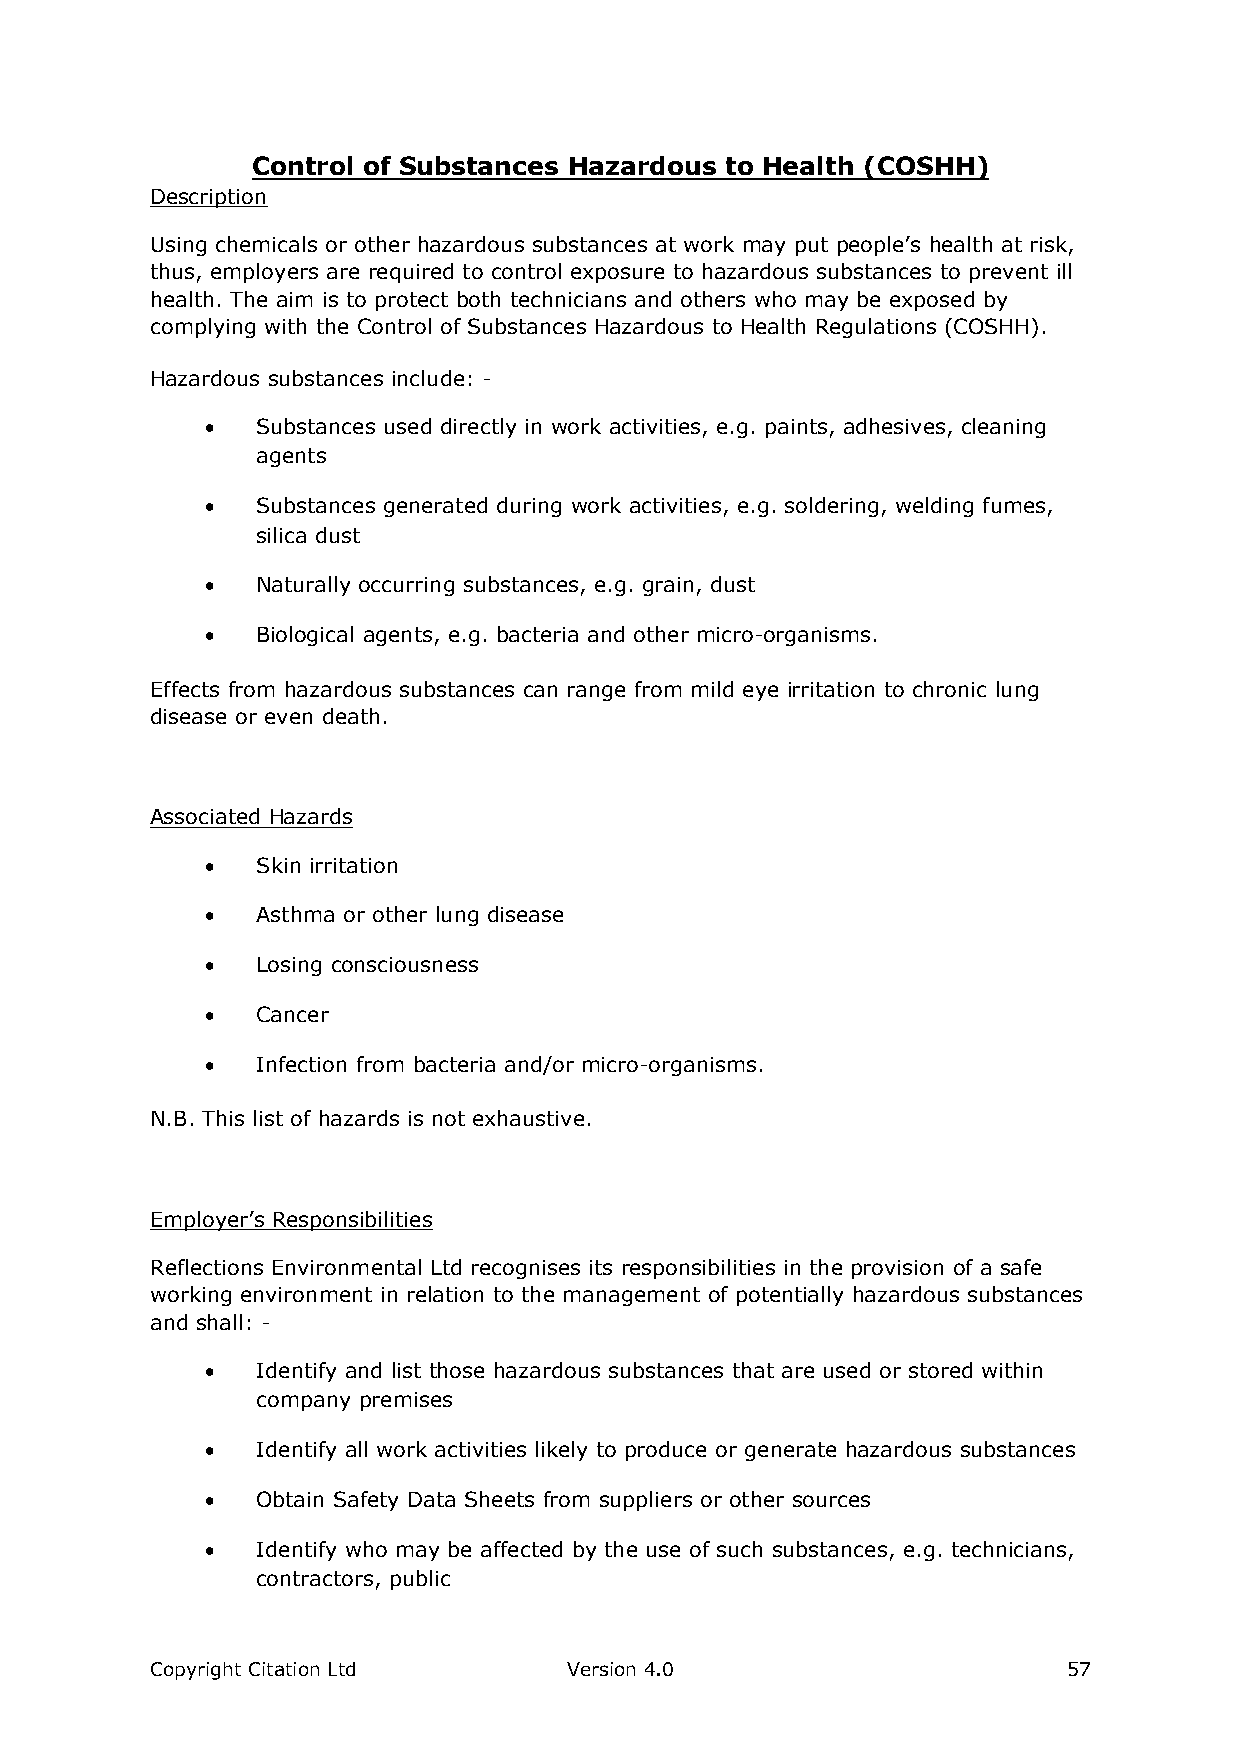
Control of Substances Hazardous to Health (COSHH)
 Description
 Using chemicals or other hazardous substances at work may put people’s health at risk,
 thus, employers are required to control exposure to hazardous substances to prevent ill
 health. The aim is to protect both technicians and others who may be exposed by
 complying with the Control of Substances Hazardous to Health Regulations (COSHH).
 Hazardous substances include: -
   Substances used directly in work activities, e.g. paints, adhesives, cleaning
 agents
   Substances generated during work activities, e.g. soldering, welding fumes,
 silica dust
   Naturally occurring substances, e.g. grain, dust
   Biological agents, e.g. bacteria and other micro-organisms.
 Effects from hazardous substances can range from mild eye irritation to chronic lung
 disease or even death.
 Associated Hazards
   Skin irritation
   Asthma or other lung disease
   Losing consciousness
   Cancer
   Infection from bacteria and/or micro-organisms.
 N.B. This list of hazards is not exhaustive.
 Employer’s Responsibilities
 Reflections Environmental Ltd recognises its responsibilities in the provision of a safe
 working environment in relation to the management of potentially hazardous substances
 and shall: -
   Identify and list those hazardous substances that are used or stored within
 company premises
   Identify all work activities likely to produce or generate hazardous substances
   Obtain Safety Data Sheets from suppliers or other sources
   Identify who may be affected by the use of such substances, e.g. technicians,
 contractors, public
 Copyright Citation Ltd      Version 4.0                      57